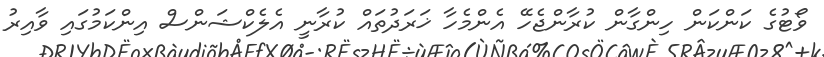
ވޯޓުގެ ކަންކަން ހިންގާން ކުރާންޖެހޭ އެންމެހާ ޚަރަދުތައް ކުރާނީ އެލެކްޝަންސް އިންކަމުގައި ވާއިރު